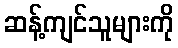
ဆန့်ကျင်သူများကို